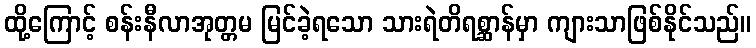
ထို့ကြောင့် စန်းနီလာအုတ္တမ မြင်ခဲ့ရသော သားရဲတိရစ္ဆာန်မှာ ကျားသာဖြစ်နိုင်သည်။